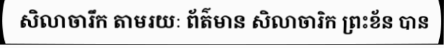
សិលាចារឹក តាមរយៈ ព័ត៌មាន សិលាចារិក ព្រះខ័ន បាន